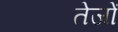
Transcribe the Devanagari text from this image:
तेजों